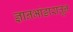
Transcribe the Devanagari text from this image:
ज्ञानभांडारातून